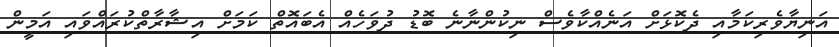
އަނިޔާވެރިކަމާއި ދެކޮޅަށް އަނެއްކާވެސް ނިކުންނާނެ ބޮޑު ދުވަހެއް އެބައޮތް ކަމަށް އިޝާރާތްކުރައްވައި އަމީން